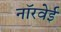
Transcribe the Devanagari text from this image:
नॉरवेई